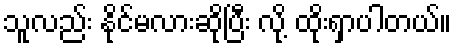
သူလည်း နိုင်မလားဆိုပြီး လို့ ထိုးရှာပါတယ်။